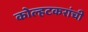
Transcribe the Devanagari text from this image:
कोल्हटकरांची